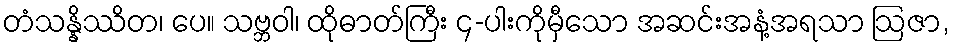
တံသန္နိဿိတ၊ ပေ။ သဗ္ဘဝါ၊ ထိုဓာတ်ကြီး ၄-ပါးကိုမှီသော အဆင်းအနံ့အရသာ ဩဇာ,